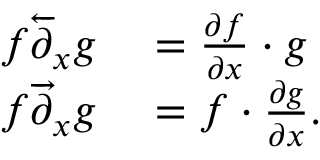
\begin{array} { r l } { f { \overleftarrow { \partial } } _ { x } g } & { { } = { \frac { \partial f } { \partial x } } \cdot g } \\ { f { \overrightarrow { \partial } } _ { x } g } & { { } = f \cdot { \frac { \partial g } { \partial x } } . } \end{array}